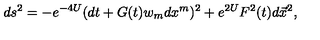
d s ^ { 2 } = - e ^ { - 4 U } ( d t + G ( t ) w _ { m } d x ^ { m } ) ^ { 2 } + e ^ { 2 U } F ^ { 2 } ( t ) d \vec { x } ^ { 2 } ,